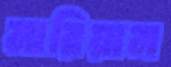
মারিয়ান